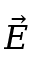
\vec { E }